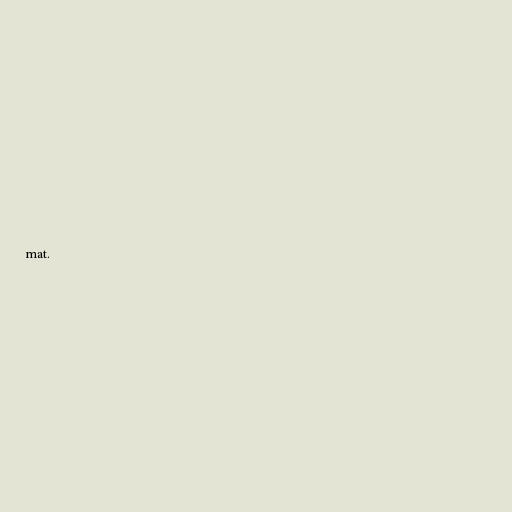
mat.